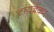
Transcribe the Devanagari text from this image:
टायब्रेकर